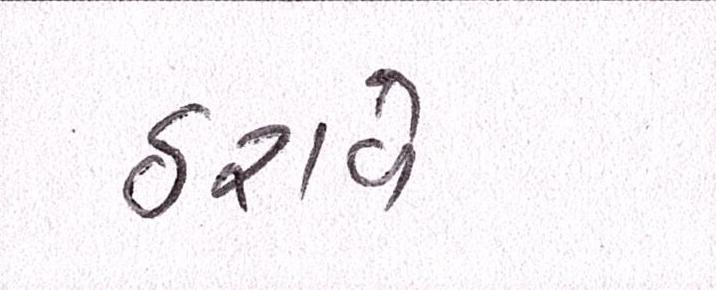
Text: ઠરાવે